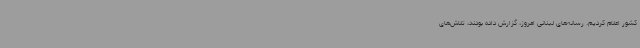
کشور اعلام کردیم. رسانه‌های لبنانی امروز، گزارش داده بودند، تلاش‌های